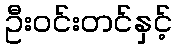
ဦးဝင်းတင်နှင့်